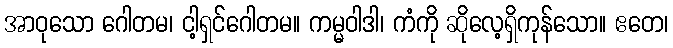
အာဝုသော ဂေါတမ၊ ငါ့ရှင်ဂေါတမ။ ကမ္မဝါဒါ၊ ကံကို ဆိုလေ့ရှိကုန်သော။ ဧတေ၊